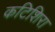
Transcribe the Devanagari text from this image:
कटिशिरा